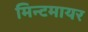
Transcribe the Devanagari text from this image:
मिन्टमायर